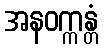
အနဝက္ကန္တံ